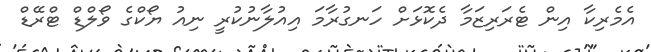
އެމެރިކާ އިން ޓެރަރިޒަމާ ދެކޮޅަށް ހަނގުރާމަ އިއުލާނުކުރީ ނިއު ޔޯކްގެ ވޯލްޑް ޓްރޭޑް